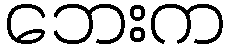
ဘေးက